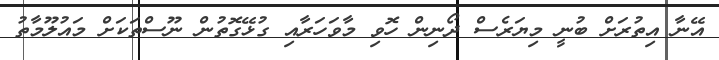
އޭނާ އިތުރަށް ބުނީ މިޔަރެސް ދޯނިން ހޮވި މާވަހަރާއި ގުޅޭގޮތުން ނޫސްތަކަށް މައުލޫމާތު